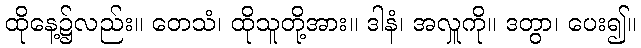
ထိုနေ့၌လည်း။ တေသံ၊ ထိုသူတို့အား။ ဒါနံ၊ အလှူကို။ ဒတွာ၊ ပေး၍။